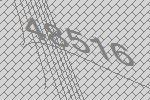
48516